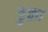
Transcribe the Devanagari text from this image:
ठुक्रा